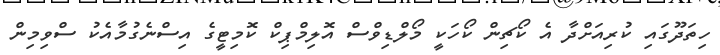
ހިތަދޫގައި ކުރިއަށްދާ އެ ކޯޗިން ކޯހަކީ މޯލްޑިވްސް އޮލިމްޕިކް ކޮމިޓީގެ އިސްނެގުމާއެކު ސްވިމިން